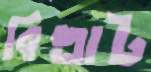
বিভ্রাট